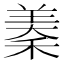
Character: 𮵣